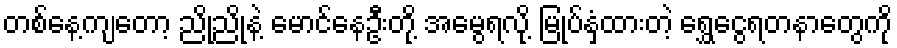
တစ်နေ့ကျတော့ ညိုညိုနဲ့ မောင်နေဦးတို့ အမွေရလို့ မြုပ်နှံထားတဲ့ ရွှေငွေရတနာတွေကို